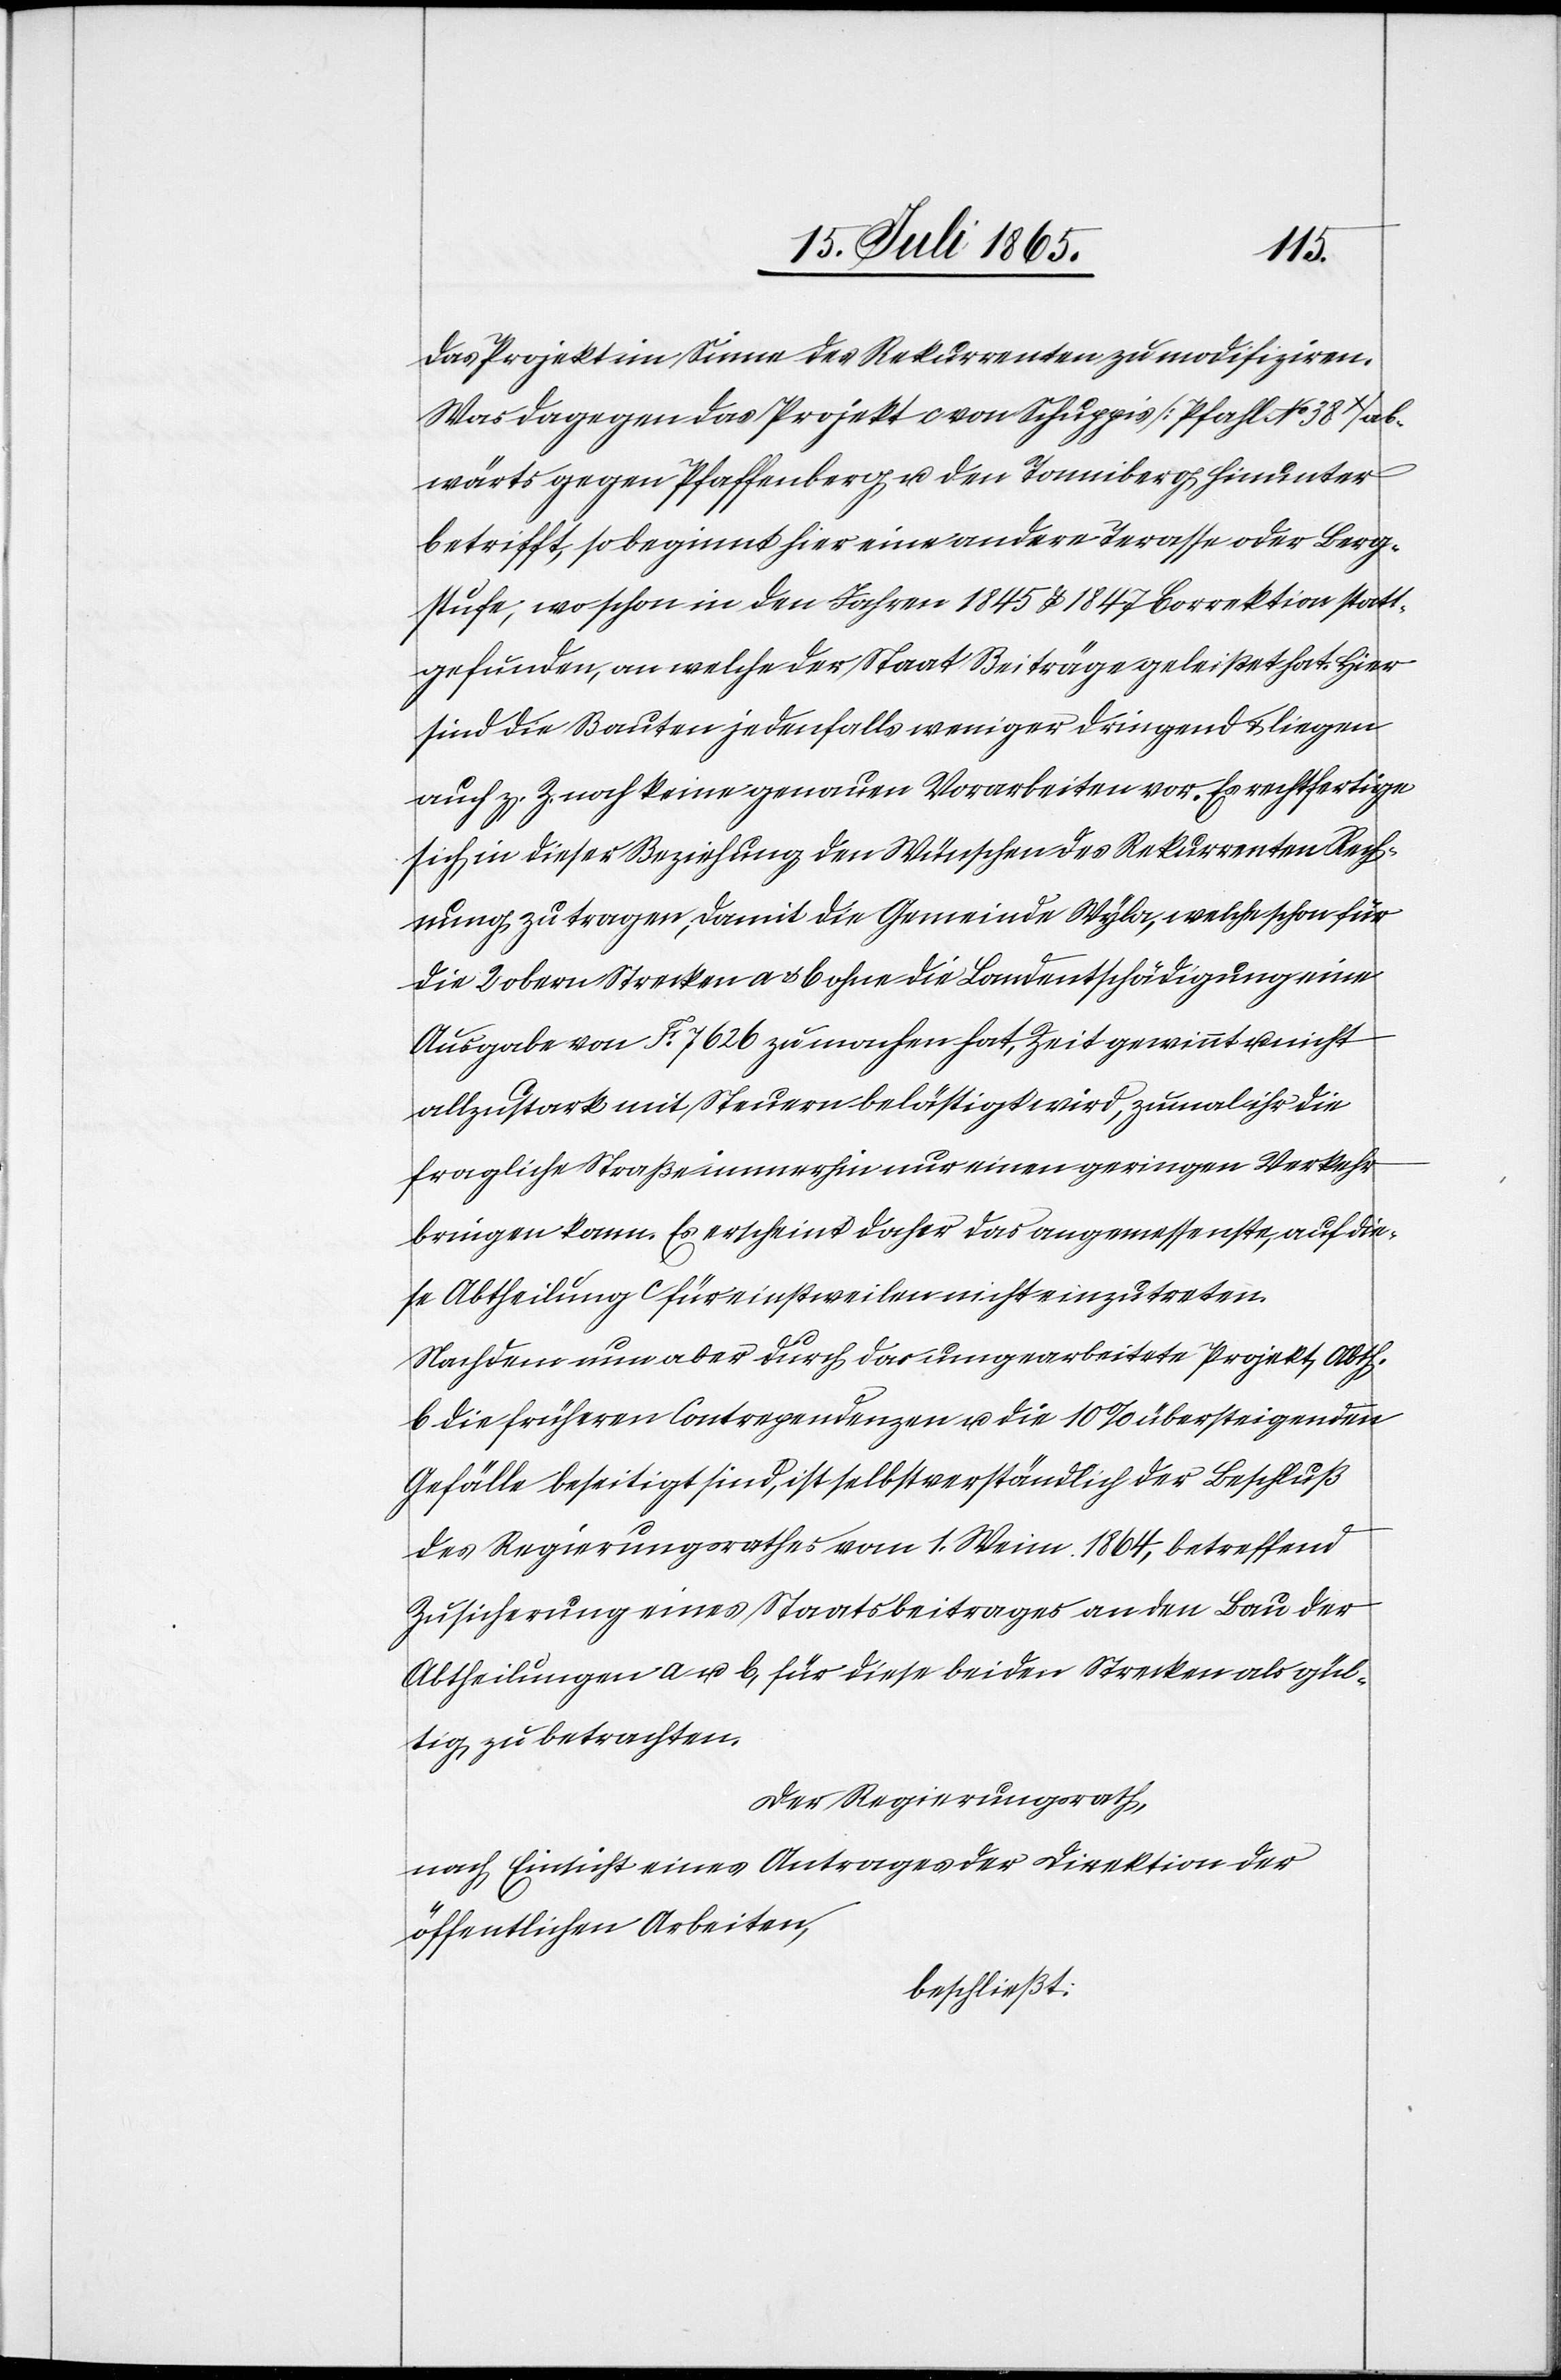
das Projekt im Sinne der Rekurrenten zu modifiziren.
Was dagegen das Projekt c von Schuppis [Pfahl No 38X] ab¬
wärts gegen Pfaffenberg u. den Tonniberg hinunter
betrifft, so beginnt hier eine andere Terasse oder Berg¬
stufe, wo schon in den Jahren 1845 u. 1847 Correktion statt¬
gefunden, an welche der Staat Beiträge geleistet hat. Hier
sind die Bauten jedenfalls weniger dringend u. liegen
auch z. Z. noch keine genauen Vorarbeiten vor. Es rechtfertige
sich in dieser Beziehung den Wünschen des Rekurrenten Rech¬
nung zu tragen, damit die Gemeinde Wyla, welche schon für
die 2 obern Strecken a u. b ohne die Landentschädigung eine
Ausgabe von F. 7626 zu machen hat, Zeit gewinnt u. nicht
allzustark mit Steuern belästigt wird, zumal ihr die
fragliche Straße immerhin nur einen geringen Verkehr
bringen kann. Es erscheint daher das angemessenste, auf die¬
se Abtheilung c für einstweilen nicht einzutreten.
Nachdem nun aber durch das umgearbeitete Projekt, Abth.
b die früheren Contrependenzen u. die 10 % übersteigenden
Gefälle beseitigt sind, ist selbstverständlich der Beschluß
des Regierungsrathes vom 1. Weim. 1864, betreffend
Zusicherung eines Staatsbeitrages an den Bau der
Abtheilungen a u. b, für diese beiden Strecken als gül¬
tig zu betrachten.
Der Regierungsrath,
nach Einsicht eines Antrages der Direktion der
öffentlichen Arbeiten,
beschließt: